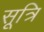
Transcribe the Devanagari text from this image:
सूत्रि